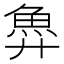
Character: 𫙐